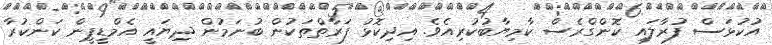
އުކުޅަސް ފުރާލައި ކޮންގްރެސް ކާމިޔާބުކުރިއެވެ. އިދިކޮޅު ފަރާތްތަކުން ބުނަމުން ދިޔައީ އެމްޑީޕީން ކަންކުރާ